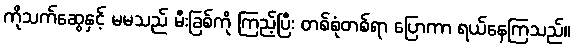
ကိုသက်ဆွေနှင့် မမသည် မီးခြစ်ကို ကြည့်ပြီး တစ်စုံတစ်ရာ ပြောကာ ရယ်နေကြသည်။